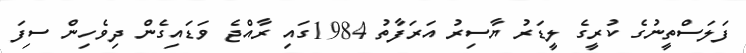
ފަލަސްތީނުގެ ކުރީގެ ލީޑަރު ޔާސިރު އަރަފާތު 1984ގައި ރާއްޖެ ވަޑައިގެން ދިވެހިން ސިފަ